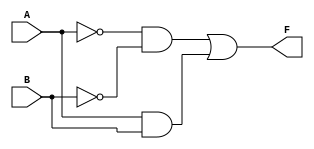
module two_variable_kmap (
    input wire A,    // First input variable
    input wire B,    // Second input variable
    output wire F    // Output of the K-map function
);

// Define the K-map logic based on the specified minterms.
// For example, if we want F = A'B' + AB, the K-map would be filled accordingly.
assign F = (~A & ~B) | (A & B); // This represents f(0,0) + f(1,1)

endmodule